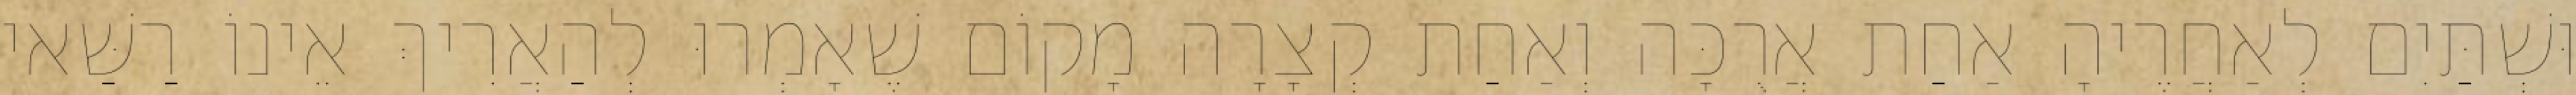
וּשְׁתַּיִם לְאַחֲרֶיהָ אַחַת אֲרֻכָּה וְאַחַת קְצָרָה מָקוֹם שֶׁאָמְרוּ לְהַאֲרִיךְ אֵינוֹ רַשַּׁאי